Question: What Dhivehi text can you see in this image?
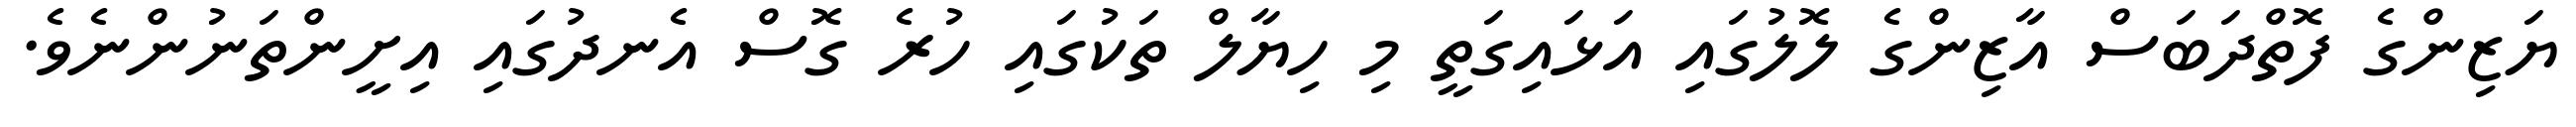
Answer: ޔަޒިންގެ ފޮތްދަބަސް އާޒިންގެ ލޮލުގައި އަޅައިގަތީ މި ހިޔާލް ތަކުގައި ހުރެ ގޮސް އެނދުގައި އިށީންތަނުންނެވެ.